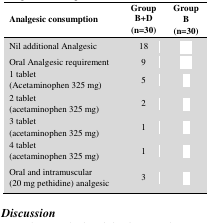
<table><thead><tr><td><b>Analgesic consumption</b></td><td><b>Group B+D(n=30)</b></td><td><b>GroupB(n=30)</b></td></tr></thead><tbody><tr><td>Nil additional Analgesic</td><td>18</td><td>[EMPTY_CELL]</td></tr><tr><td>Oral Analgesic requirement </td><td>9</td><td>[EMPTY_CELL]</td></tr><tr><td>1 tablet (Acetaminophen 325 mg)</td><td>5</td><td>[EMPTY_CELL]</td></tr><tr><td>2 tablet (acetaminophen 325 mg)</td><td>2</td><td>[EMPTY_CELL]</td></tr><tr><td>3 tablet (acetaminophen 325 mg)</td><td>1</td><td>[EMPTY_CELL]</td></tr><tr><td>4 tablet(acetaminophen 325 mg)</td><td>1</td><td>[EMPTY_CELL]</td></tr><tr><td>Oral and intramuscular (20 mg pethidine) analgesic</td><td>3</td><td>[EMPTY_CELL]</td></tr></tbody></table>